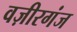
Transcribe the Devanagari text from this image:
वज़ीरगंज